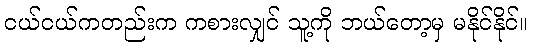
ငယ်ငယ်ကတည်းက ကစားလျှင် သူ့ကို ဘယ်တော့မှ မနိုင်နိုင်။